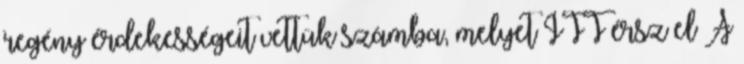
regény érdekességeit vettük számba, melyet ITT érsz el A